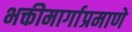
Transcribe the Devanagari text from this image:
भक्तीमार्गाप्रमाणे